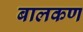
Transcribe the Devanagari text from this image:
बालकण